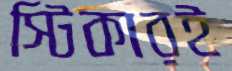
স্টিকারই